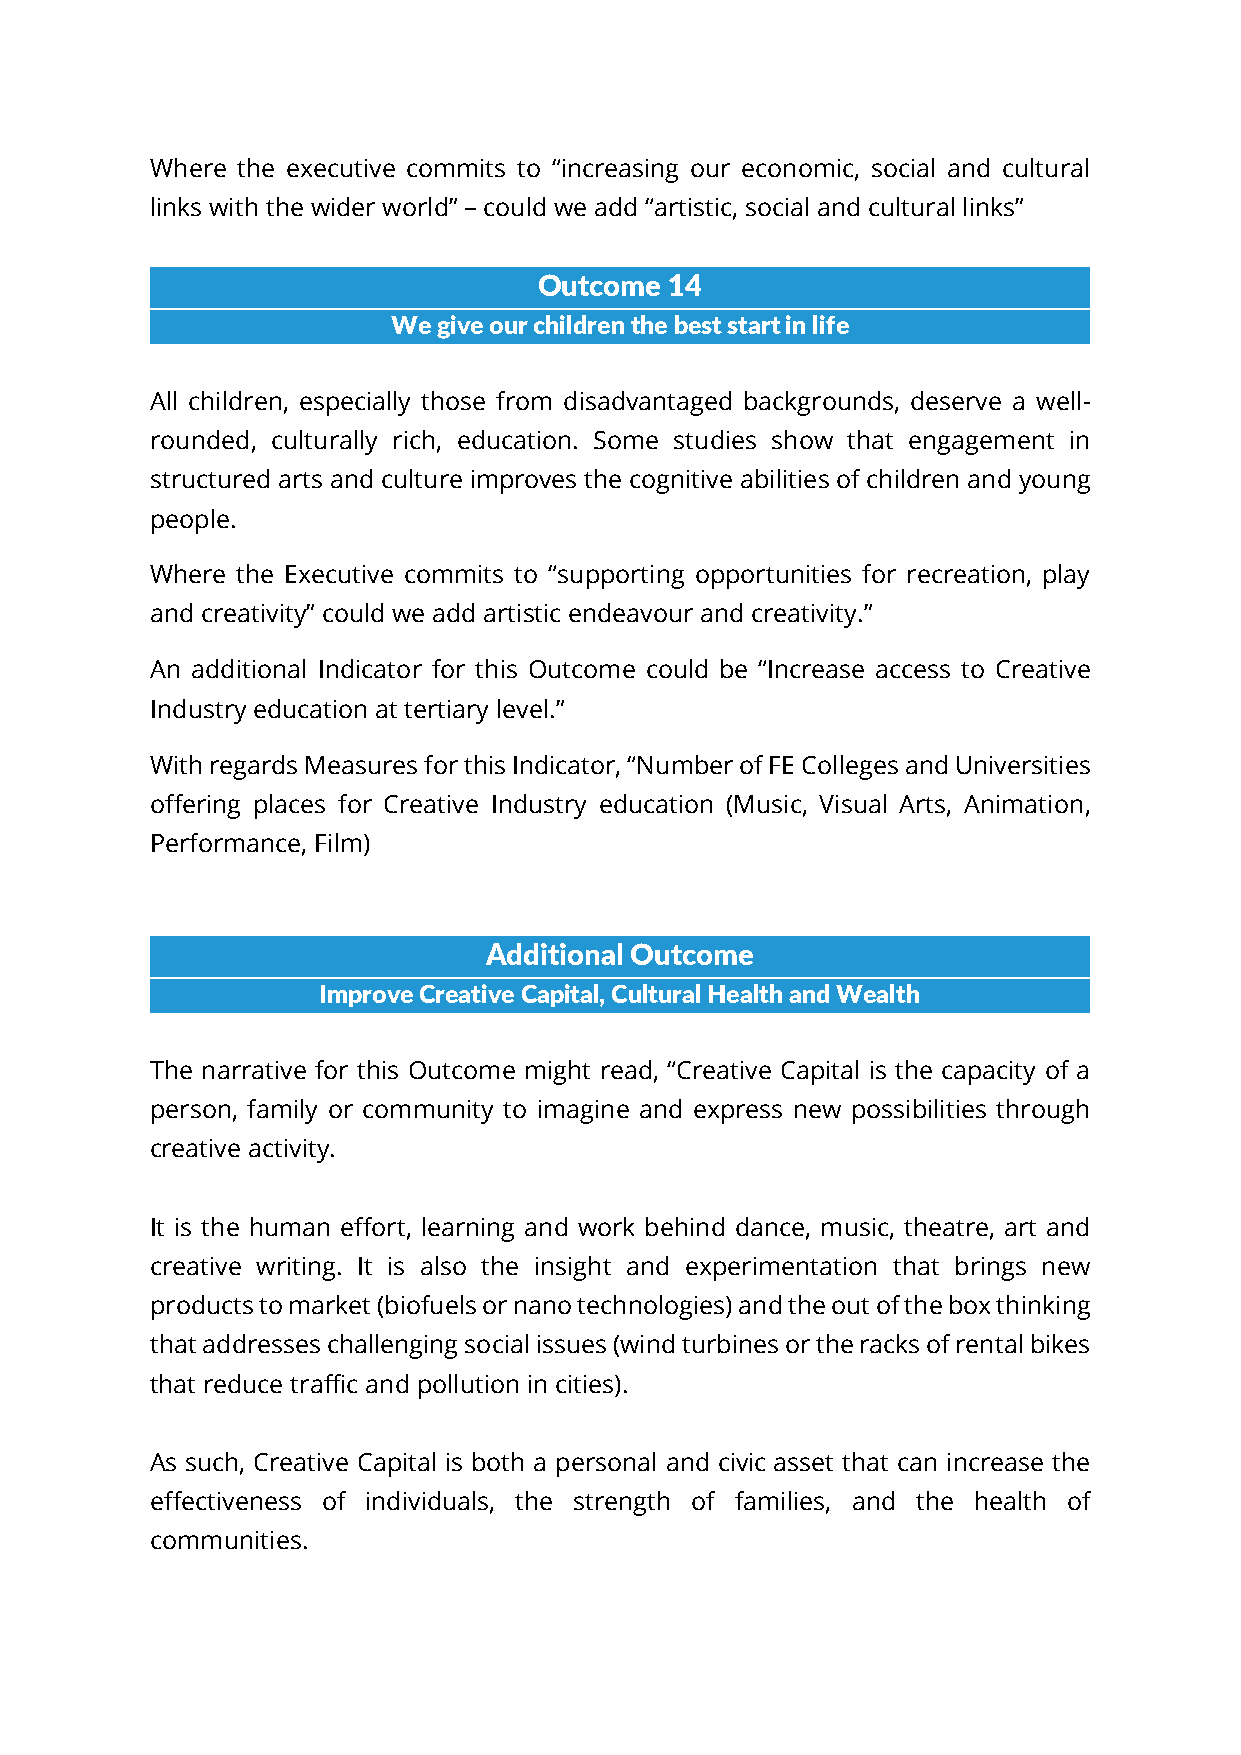
Where the executive commits to “increasing our economic, social and cultural
 links with the wider world” – could we add “artistic, social and cultural links”
 Outcome 14
 We give our children the best start in life
 All children, especially those from disadvantaged backgrounds, deserve a well-
 rounded, culturally rich, education. Some studies show that engagement in
 structured arts and culture improves the cognitive abilities of children and young
 people.
 Where the Executive commits to “supporting opportunities for recreation, play
 and creativity” could we add artistic endeavour and creativity.”
 An additional Indicator for this Outcome could be “Increase access to Creative
 Industry education at tertiary level.”
 With regards Measures for this Indicator, “Number of FE Colleges and Universities
 offering places for Creative Industry education (Music, Visual Arts, Animation,
 Performance, Film)
 Additional Outcome
 Improve Creative Capital, Cultural Health and Wealth
 The narrative for this Outcome might read, “Creative Capital is the capacity of a
 person, family or community to imagine and express new possibilities through
 creative activity.
 It is the human effort, learning and work behind dance, music, theatre, art and
 creative writing. It is also the insight and experimentation that brings new
 products to market (biofuels or nano technologies) and the out of the box thinking
 that addresses challenging social issues (wind turbines or the racks of rental bikes
 that reduce traffic and pollution in cities).
 As such, Creative Capital is both a personal and civic asset that can increase the
 effectiveness of individuals, the strength of families, and the health of
 communities.